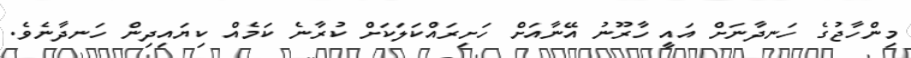
މިންހާޖުގެ ހަނދާނަށް އައީ ހާރޫނު އޭނާއަށް ހަށިރައްކަލަކަށް ކުރާނެ ކަމެއް ކިޔައިދިން ހަނދާނެވެ.